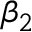
\beta _ { 2 }